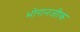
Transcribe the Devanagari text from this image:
भोरानजीक